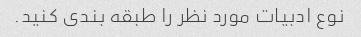
نوع ادبیات مورد نظر را طبقه بندی کنید.